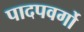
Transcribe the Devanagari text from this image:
पादपवर्गो